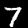
Label: 7